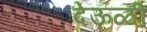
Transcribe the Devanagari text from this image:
देऊळीं